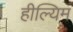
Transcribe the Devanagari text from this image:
हील्यिम